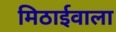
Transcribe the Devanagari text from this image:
मिठार्इवाला